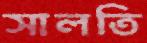
সালতি